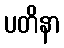
ပတိနာ